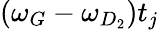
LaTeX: (\omega_{G}-\omega_{D_{2}})t_{j}